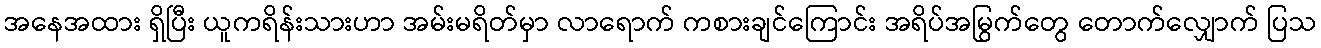
အနေအထား ရှိပြီး ယူကရိန်းသားဟာ အမ်းမရိတ်မှာ လာရောက် ကစားချင်ကြောင်း အရိပ်အမြွက်တွေ တောက်လျှောက် ပြသ